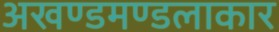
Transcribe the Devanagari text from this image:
अखण्डमण्डलाकार